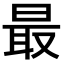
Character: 最